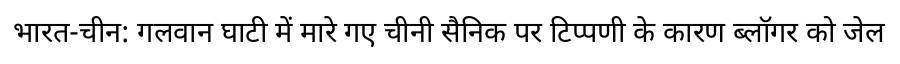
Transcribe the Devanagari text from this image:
भारत-चीन: गलवान घाटी में मारे गए चीनी सैनिक पर टिप्पणी के कारण ब्लॉगर को जेल